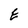
Character: E